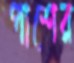
পাশের